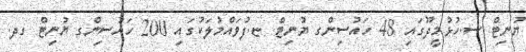
ޔުނިޓް ސ.ހުޅުމީދޫގައި 48 ހައުސިންގ ޔުނިޓް ޏ.ފުވައްމުލަކުގައި 200 ހައުސިންގ ޔުނިޓް ގދ.